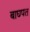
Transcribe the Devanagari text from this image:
बाघपत